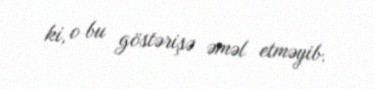
ki, o bu göstərişə əməl etməyib.